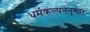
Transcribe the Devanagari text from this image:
धर्मकल्पनेनुसार